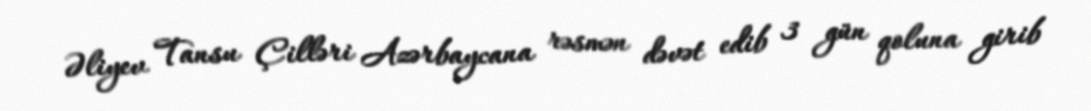
Əliyev Tansu Çilləri Azərbaycana rəsmən dəvət edib 3 gün qoluna girib